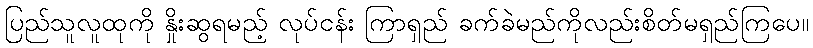
ပြည်သူလူထုကို နှိုးဆွရမည့် လုပ်ငန်း ကြာရှည် ခက်ခဲမည်ကိုလည်းစိတ်မရှည်ကြပေ။